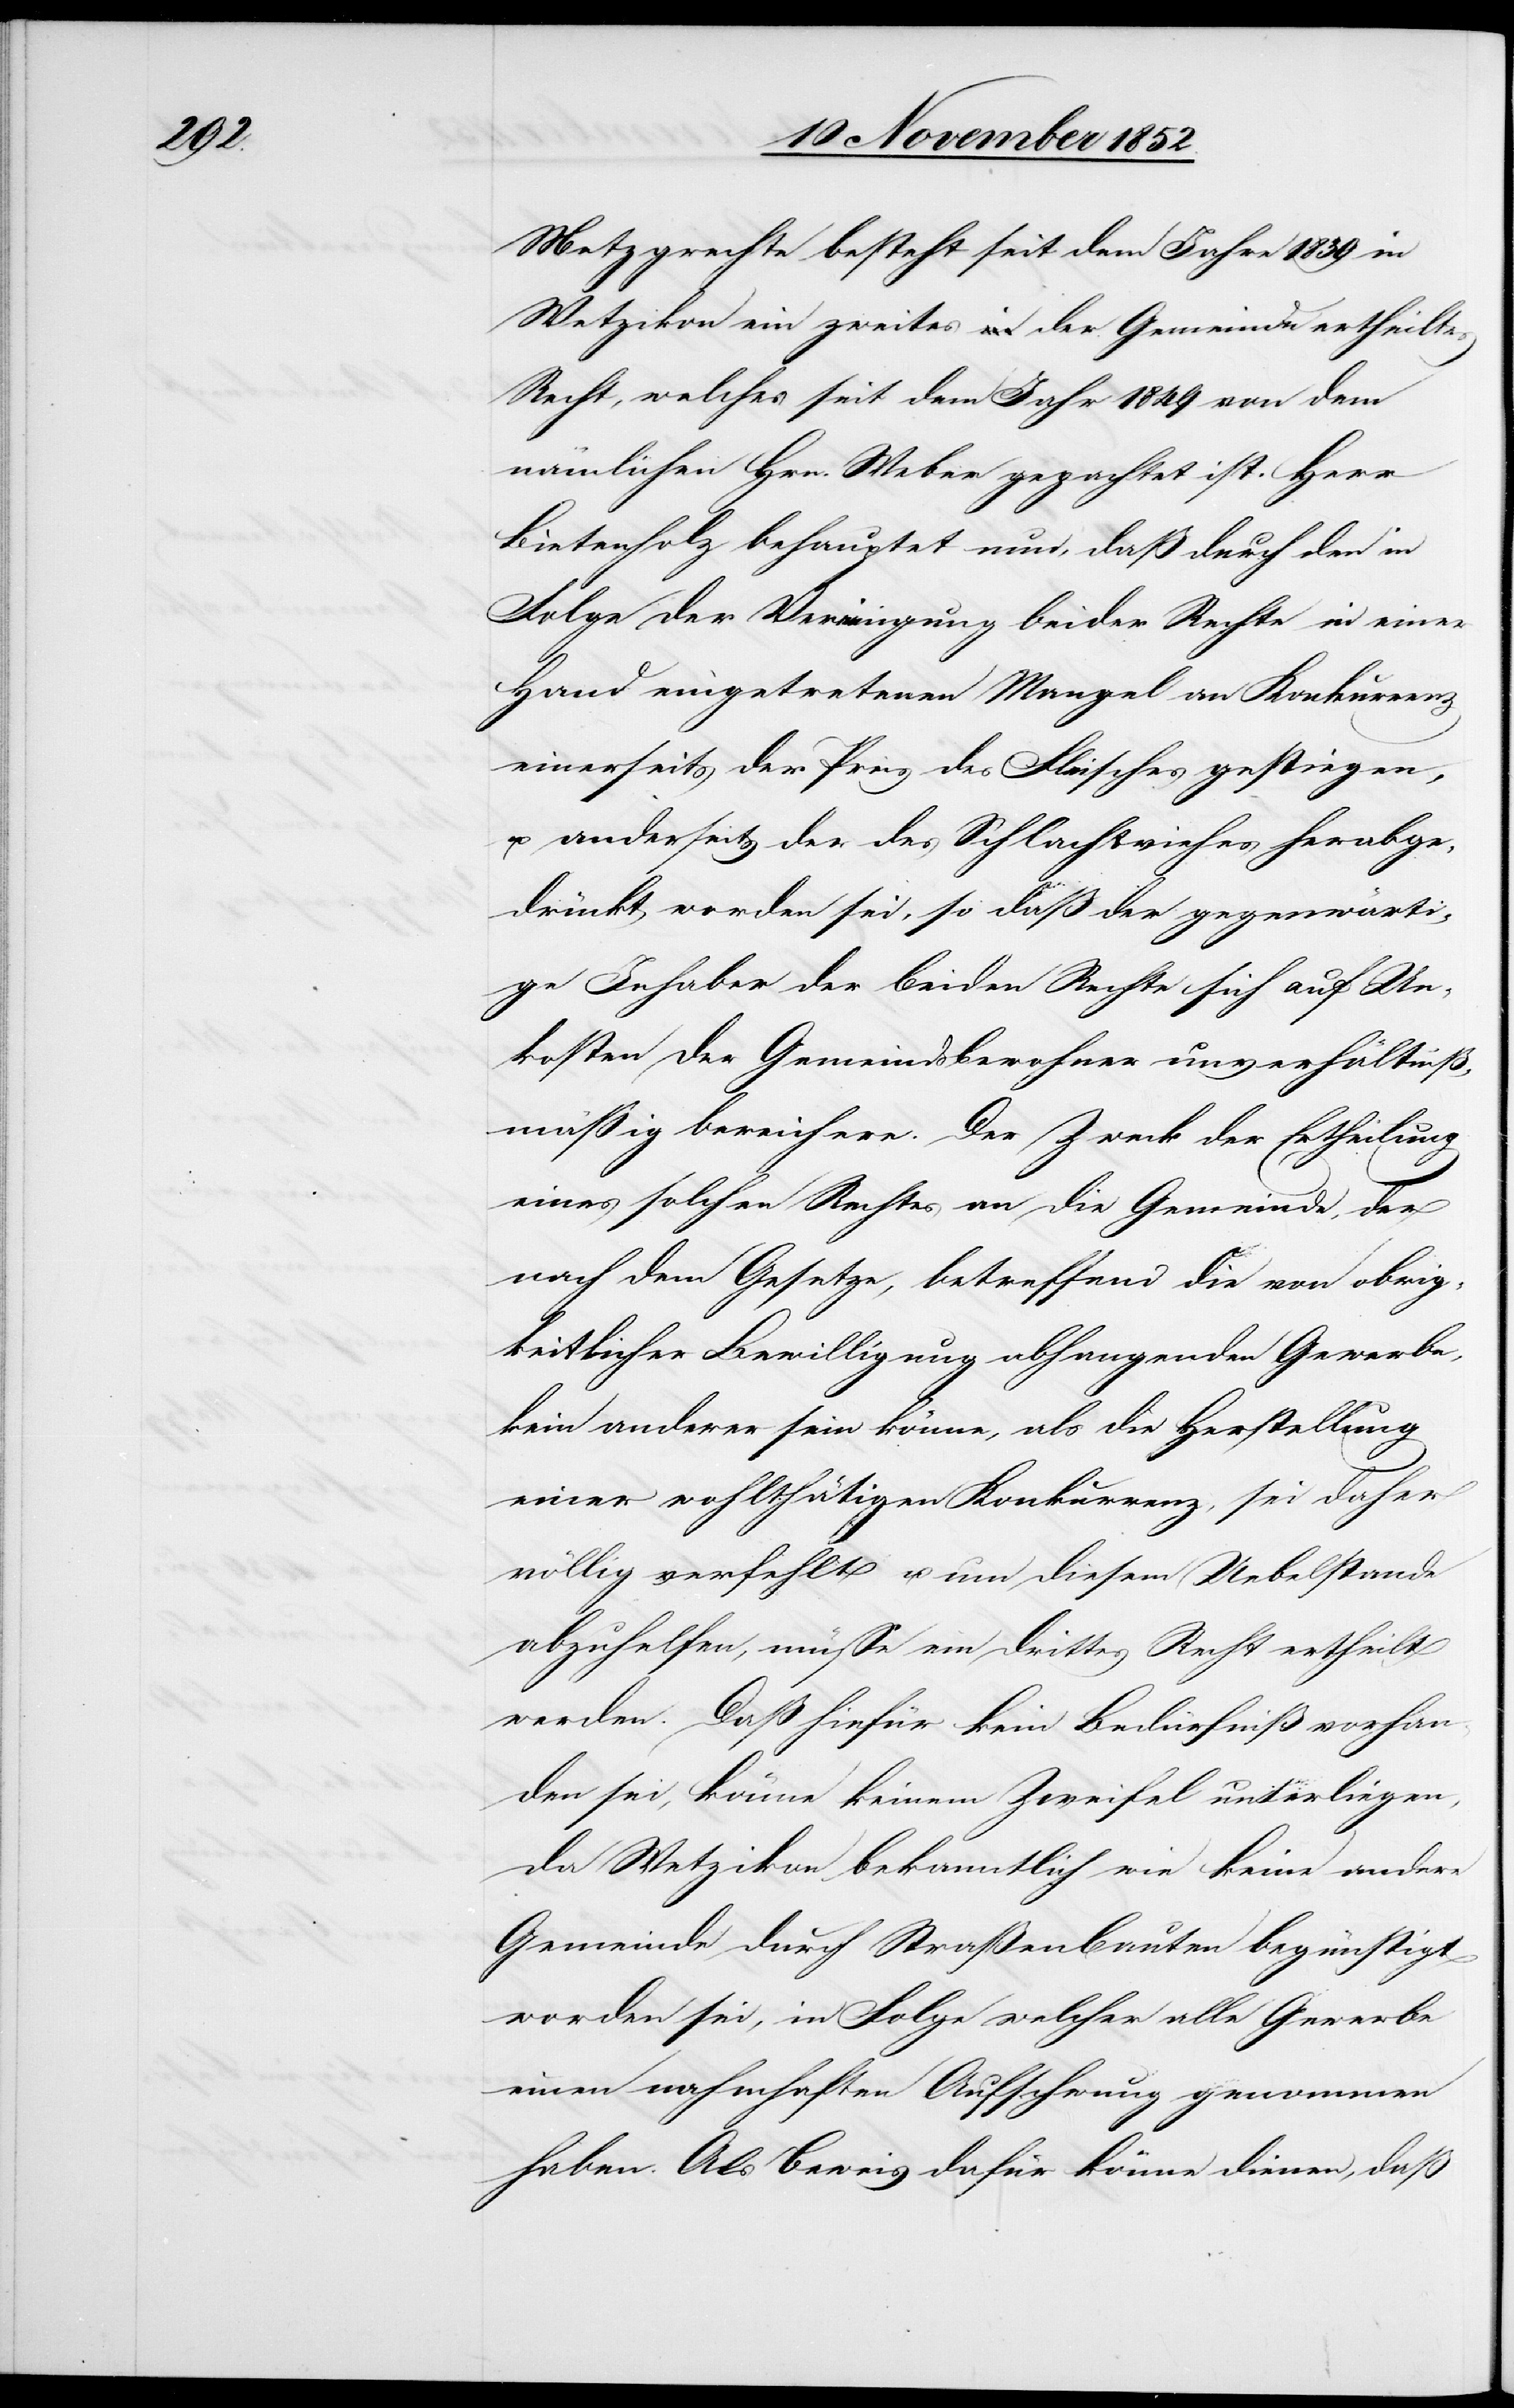
vorhan¬

Metzgrechte besteht seit dem Jahre 1839 in
Wetzikon ein zweites der Gemeinde ertheiltes
Recht, welches seit dem Jahr 1849 von dem
nämlichen Hrn. Weber gepachtet ist. Herr
Bietenholz behauptet nun, daß durch den in
Folge der Vereinigung beider Rechte in einer
Hand eingetretenen Mangel an Konkurrenz
einerseits der Preis des Fleisches gestiegen,
u. anderseits der des Schlachtviehes herabge¬
drückt worden sei, so daß der gegenwärti¬
ge Inhaber der beiden Rechte sich auf Un¬
kosten der Gemeindsbewohner unverhältniß¬
mässig bereichere. Der Zweck der Ertheilung
eines solchen Rechtes an die Gemeinde, der
nach dem Gesetze, betreffend die von obrig¬
keitlicher Bewilligung abhangenden Gewerbe,
kein anderer sein könne, als die Herstellung
einer wohlthätigen Konkurrenz, sei daher
völlig verfehlt u. um diesem Uebelstande
abzuhelfen, müsse ein drittes Recht ertheilt
werden. Daß hiefür kein [recte: ein]
den sei, könne keinem Zweifel unterliegen,
da Wetzikon bekanntlich wie keine andere
Gemeinde durch Straßenbauten begünstigt
worden sei, in Folge welcher alle Gewerbe
einen nahmhaften Aufschwung genommen
haben. Als Beweis dafür könne dienen, daß